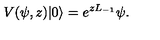
V ( \psi , z ) | 0 \rangle = e ^ { z L _ { - 1 } } \psi .